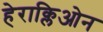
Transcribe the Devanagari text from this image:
हेराक्लिओन